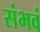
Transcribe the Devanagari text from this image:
संभवं